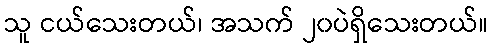
သူ ငယ်သေးတယ်၊ အသက် ၂၀ပဲရှိသေးတယ်။